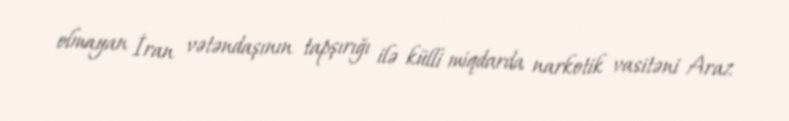
olmayan İran vətəndaşının tapşırığı ilə külli miqdarda narkotik vasitəni Araz